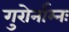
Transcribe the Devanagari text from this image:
गुरोर्नाम्नः